Report on vaccination in Madras 1922-1929 - 1922-1929
Year: 1922
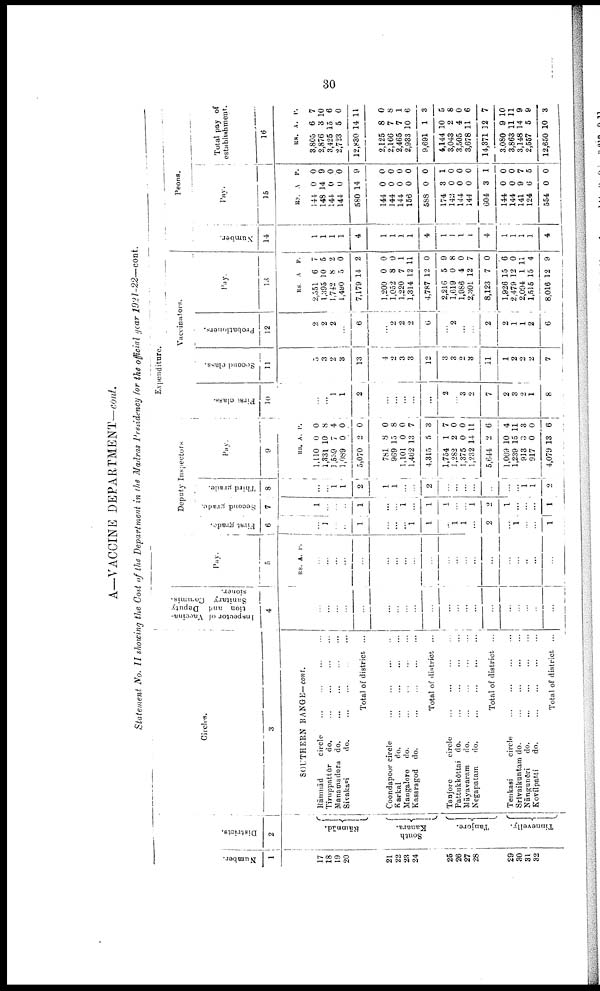
30
A—VACCINE DEPARTMENT—cont.
Statement No. II showing the Cost of the Department in the Madras presidency for the official year 1921-22— cont.
Number.
1
17
18
19
20
21
22
23
24
25
26
27
28
29
30
31
32
Districts.
2
Rāmnād.
South
Kanara.
Tanjore.
Tinnevelly.
Circles.
3
SOUTHERN RANGE-cont.
Rāmnād
circle
... ... ... ...
Tiruppattūr
do.
...
...
...
...
Manamadura do.
...
...
...
...
Sivakasi
do.
...
...
...
...
Total of district ...
Coondapoor circle
...
...
...
...
Karkal
do.
...
...
...
...
Mangalore
do.
...
...
...
...
Kasaragod
do.
...
...
...
...
Total of district ...
Tanjore
circle ... ... ... ...
Pattukkōttai do.
... ... ... ...
Māyavaram
do.
...
...
...
...
Negapatam
do.
...
...
...
...
Total of district ...
Tenkasi
circle
...
...
...
...
Srīvaikuntam do.
...
...
...
...
Nāngunēri
do.
...
...
...
...
Kovilpatti
do.
...
...
...
...
Total of district ...
Inspector of Vaccina
tion and Deputy
Sanitary Commis
sioner.
4
...
...
...
...
...
...
...
...
...
...
...
...
...
...
...
...
...
...
...
...
Pay.
5
RS. A. P.
...
...
...
...
...
...
...
...
...
...
...
...
...
...
...
...
...
...
...
...
Deputy Inspectors
First grade.
6
...
1
...
...
1
...
...
...
1
1
...
1
1
...
2
...
1
...
...
1
Second grade.
7
1
...
...
...
1
...
...
1
...
1
1
...
...
1
2
1
...
...
...
1
Third grade.
8
...
...
1
1
2
1
1
...
2
...
...
...
...
...
...
...
1
1
2
Pay.
9
RS.
1,110
1,331
1,539
1,089
5,070
781
969
1,101
1,462
4,315
1,754
1,282
1,375
1,232
5,644
1,009
1,239
913
917
4,079
A.
0
10
7
0
2
8
15
0
13
5
1
2
0
14
2
10
15
3
0
13
P.
0
8
4
0
0
0
8
0
7
3
7
0
0
11
6
4
11
3
0
6
Expenditure.
First class.
10
...
...
1
1
2
...
...
...
...
...
2
...
3
2
7
2
3
2
1
8
Vaccinators.
Second class.
11
5
3
2
3
13
4
2
3
3
12
3
3
2
3
11
1
2
2
2
7
Probationers.
12
2
2
2
...
6
...
2
2
2
6
...
2
...
...
2
2
1
1
2
6
Pay.
13
RS.
2,551
1,395
1,742
1,490
7,179
1,200
1,052
1,220
1,314
4,787
2,216
1,619
1,986
2,301
8,123
1,926
2,479
2,094
1,515
8,016
A.
6
10
8
5
14
0
8
7
12
12
5
0
4
12
7
15
12
1
15
12
P.
7
5
2
0
2
0
0
1
11
0
9
8
0
7
0
6
0
11
4
9
Number.
14
1
1
1
1
4
1
1
1
1
4
1
1
1
1
4
1
1
1
1
4
Peons.
Pay.
15
RS.
144
148
144
144
580
144
144
144
156
588
174
142
144
144
604
144
144
141
124
554
A
0
14
0
0
14
0
0
0
0
0
3
0
0
0
3
0
0
9
6
0
P.
0
9
0
0
9
0
0
0
0
0
1
0
0
0
1
0
0
7
5
0
Total pay of
establishment.
16
RS.
3,805
2,876
3,425
2,723
12,830
2,125
2,166
2,465
2,933
9,691
4,144
3,043
3,505
3,678
14,371
3,080
3,863
3,148
2,557
12,650
A.
6
3
15
5
14
8
7
7
10
1
10
2
4
11
12
9
11
14
5
10
P.
7
10
6
0
11
0
8
1
6
3
5
8
0
6
7
10
11
9
9
3